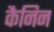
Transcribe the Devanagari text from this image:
कैनिन